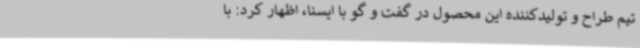
تیم طراح و تولیدکننده این محصول در گفت و گو با ایسنا، اظهار کرد: با